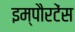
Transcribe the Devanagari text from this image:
इम्पौरटेंस